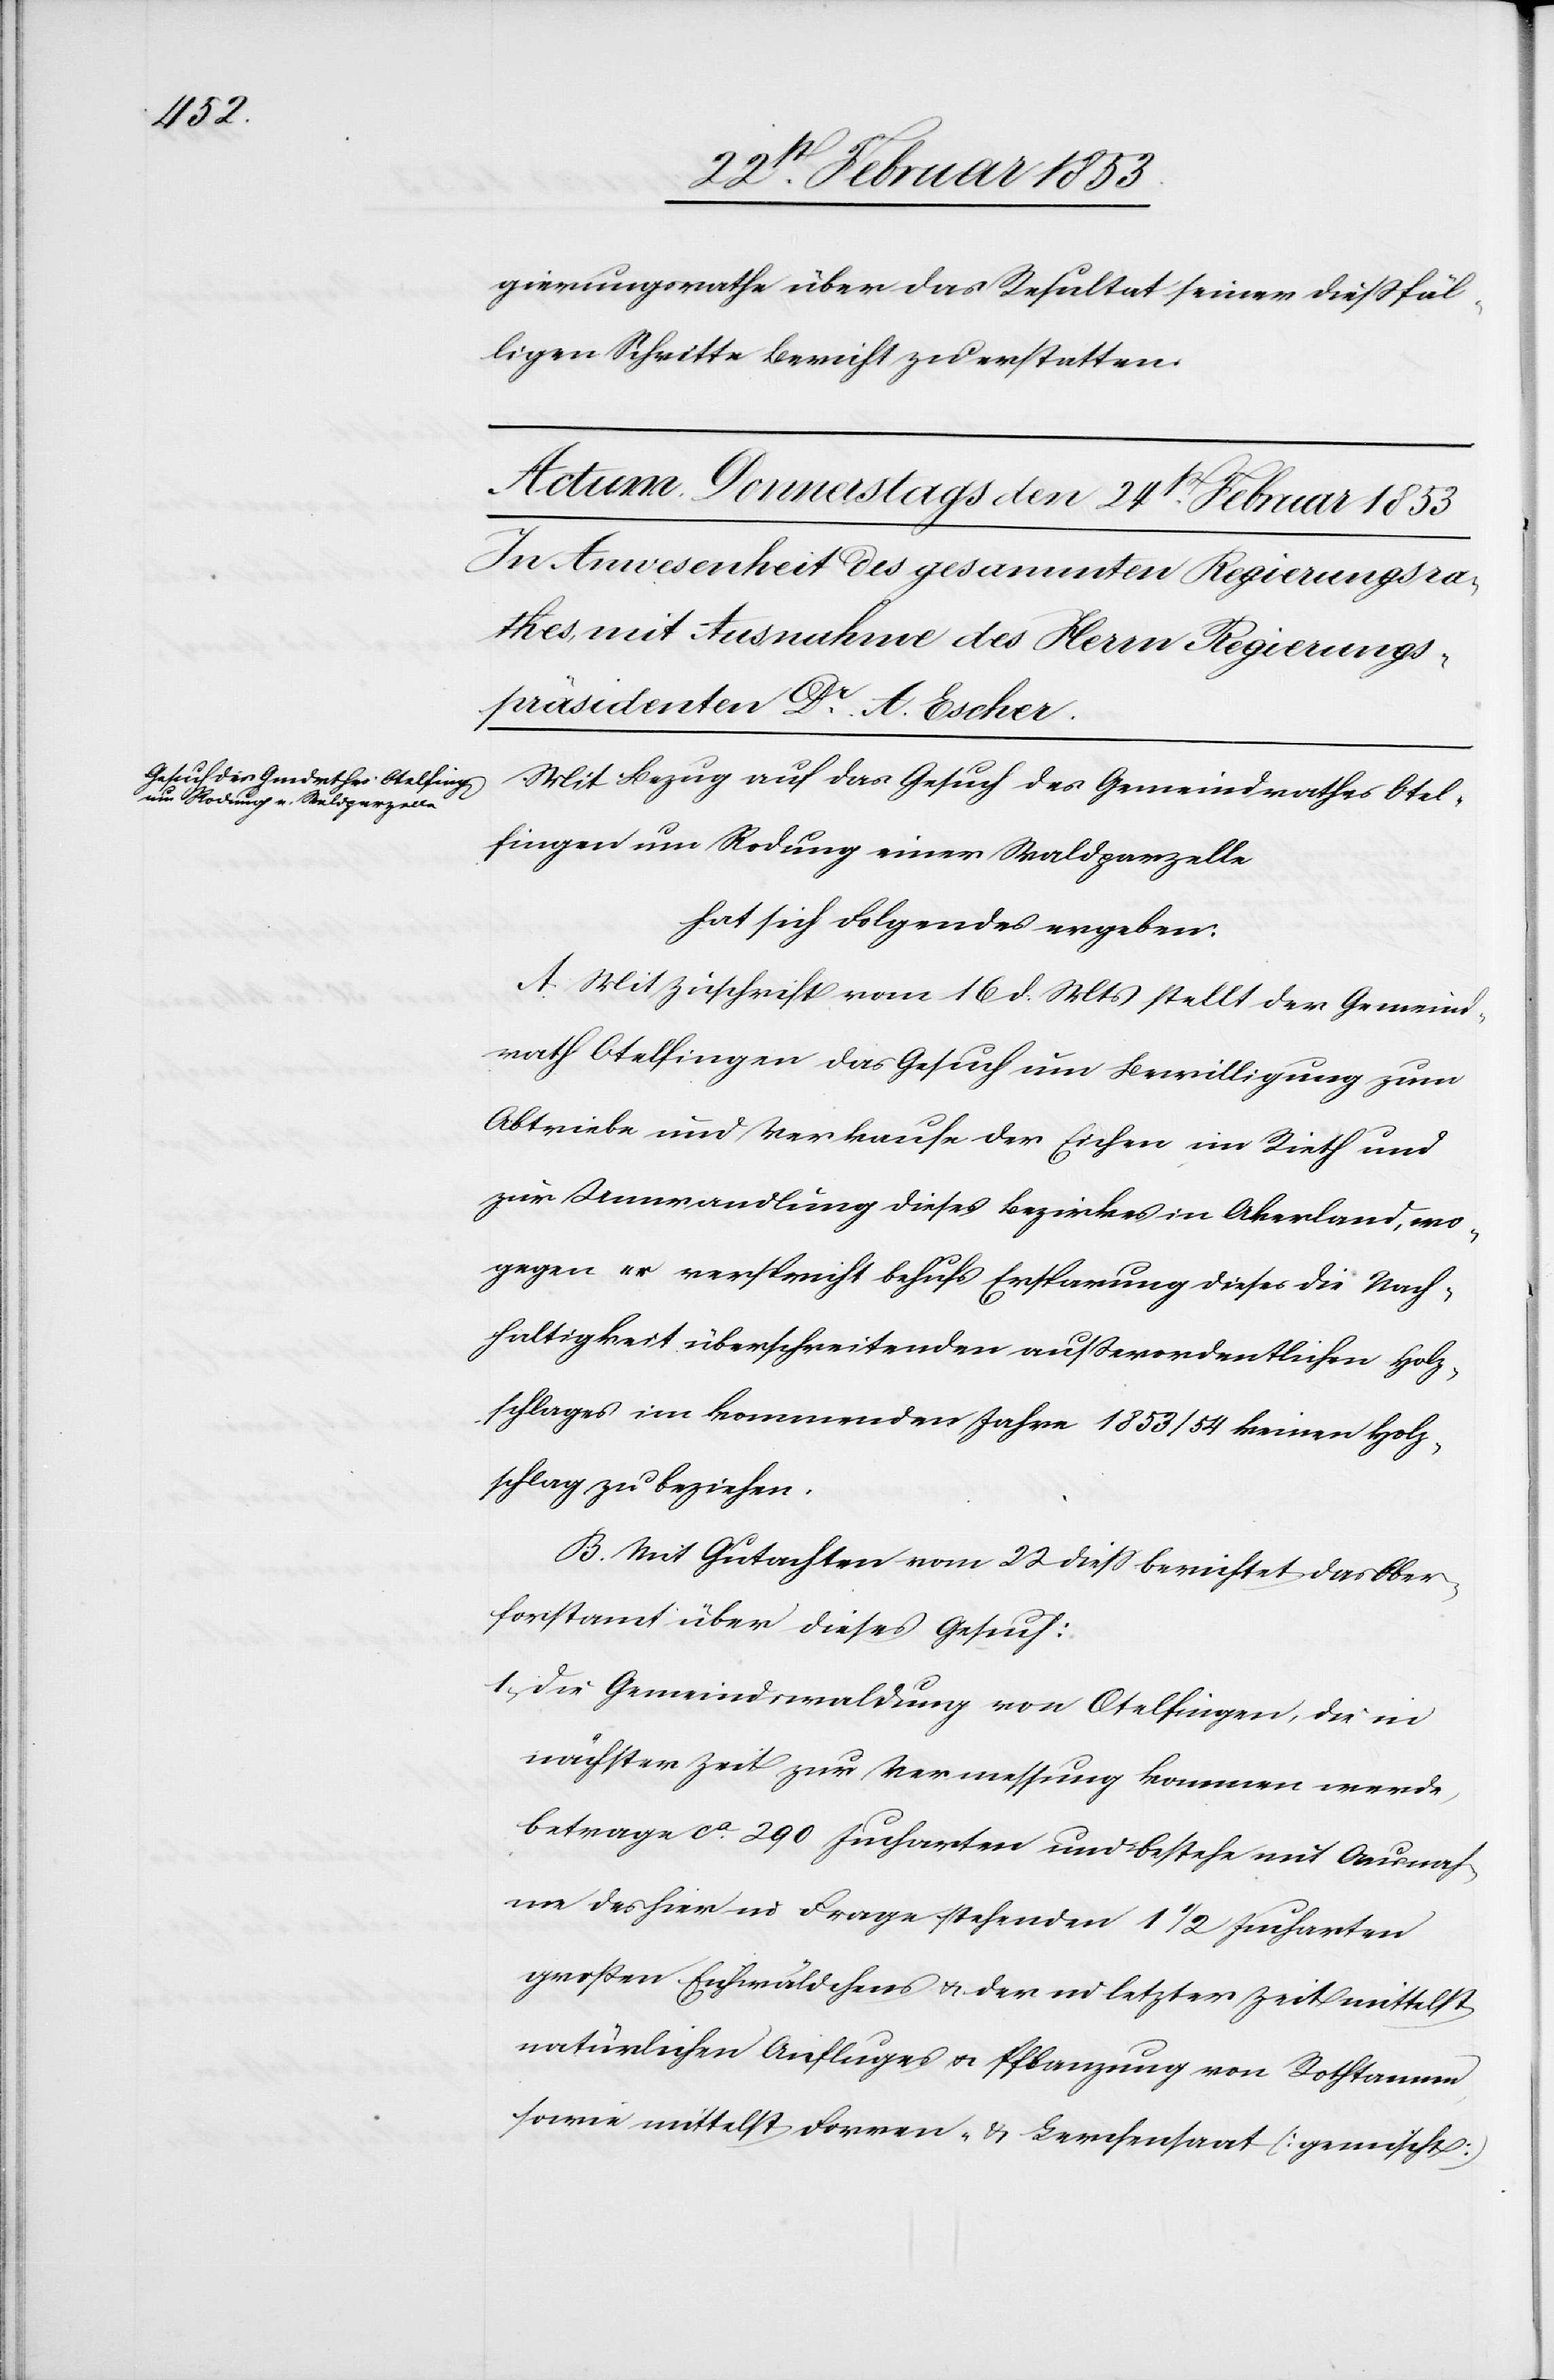
wo¬

gierungsrathe über das Resultat seiner dießfäl¬
ligen Schritte Bericht zu erstatten.
Mit Bezug auf das Gesuch des Gemeindrathes Otel¬
fingen um Rodung einer Waldparzelle
hat sich Folgendes ergeben:
A. Mit Zuschrift vom 16 d. Mts. stellt der Gemeind¬
rath Otelfingen das Gesuch um Bewilligung zum
Abtriebe und Verkaufe der Eichen im Rieth und
zur Umwandlung dieses Bezirkes in Akerland
gegen er verspricht behufs Ersparung dieses die Nach¬
haltigkeit überschreitenden außerordentlichen Holz¬
schlages im kommenden Jahre 1853/54 keinen Holz¬
schlag zu beziehen.
B. Mit Gutachten vom 22 dieß berichtet das Ober¬
forstamt über dieses Gesuch:
1, Die Gemeindwaldung von Otelfingen, die in
nächster Zeit zur Vermessung kommen werde,
betrage ca. 290 Jucharten und bestehe mit Ausnah¬
me des hier in Frage stehenden 1 1/2 Jucharten
großen Eschwäldchens u. den in letzter Zeit mittelst
natürlichen Anfluges u. Pflanzung von Rothtannen
sowie mittelst Forren- u. Lerchensaat [gemischt]